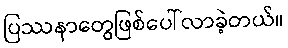
ပြဿနာတွေဖြစ်ပေါ်လာခဲ့တယ်။